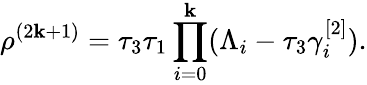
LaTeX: \rho^{(2\mathbf{k}+1)}=\tau_{3}\tau_{1}\prod_{i=0}^{\mathbf{k}}(\Lambda_{i}-\tau_{3}\gamma_{i}^{[2]}).